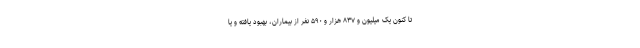
تا کنون یک میلیون و ۸۳۷ هزار و ۵۹۰ نفر از بیماران، بهبود یافته و یا